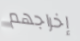
إخراجهم